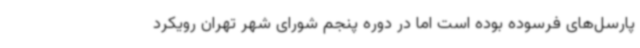
پارسل‌های فرسوده بوده است اما در دوره پنجم شورای شهر تهران رویکرد